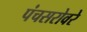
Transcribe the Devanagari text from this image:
पंचसरोवरे